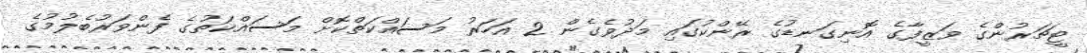
ޓީޗަރުންގެ ވަޒީފާގެ އޮނިގަނޑުގެ ރޭންކުގައި މަދުވެގެން 2 އަހަރު މަސައްކަތްކޮށް މަސައްކަތުގެ ފެންވަރުބެލުމުގެ